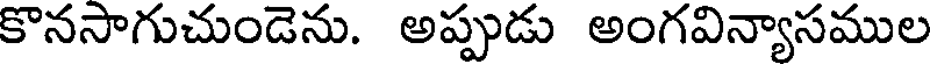
కొనసాగుచుండెను. అప్పుడు అంగవిన్యాసముల